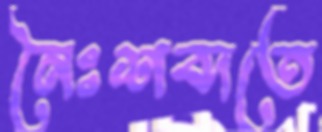
নৈঃশব্দতে